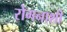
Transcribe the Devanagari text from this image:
रोगनाशी